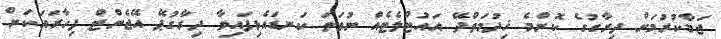
ޖަމާކުރުމަށް ދިރާގުގެ ކޮންމެ ޚިދުމަތްދޭ އައުޓްލެޓެއް ނުވަތަ ކަނޑައެޅިފައިވާ ދިރާގުޕޭ އޭޖެންޓް ފިހާރައަކަށް